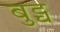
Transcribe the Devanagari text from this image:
बुट्च